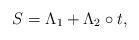
LaTeX: \begin{align*} S = \Lambda_{1} + \Lambda_{2} \circ t,\end{align*}